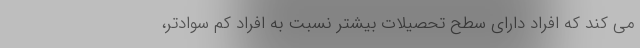
می کند که افراد دارای سطح تحصیلات بیشتر نسبت به افراد کم سوادتر،